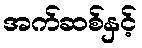
အက်ဆစ်နှင့်